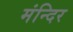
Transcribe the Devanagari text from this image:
मंन्दिर